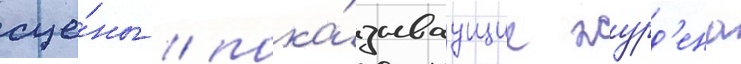
сце́ны / пока́зываущие журд'ена